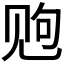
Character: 𫌩